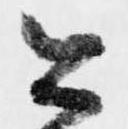
公